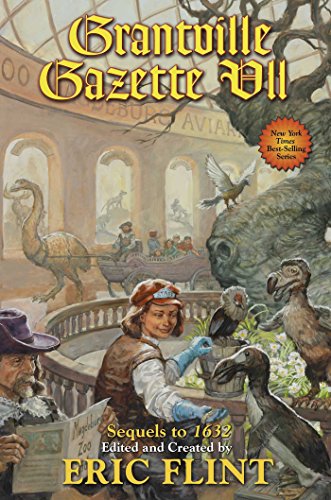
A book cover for Grantville Gazette VII (The Ring of Fire); Science Fiction & Fantasy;